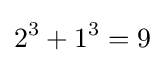
2^{3}+1^{3}=9